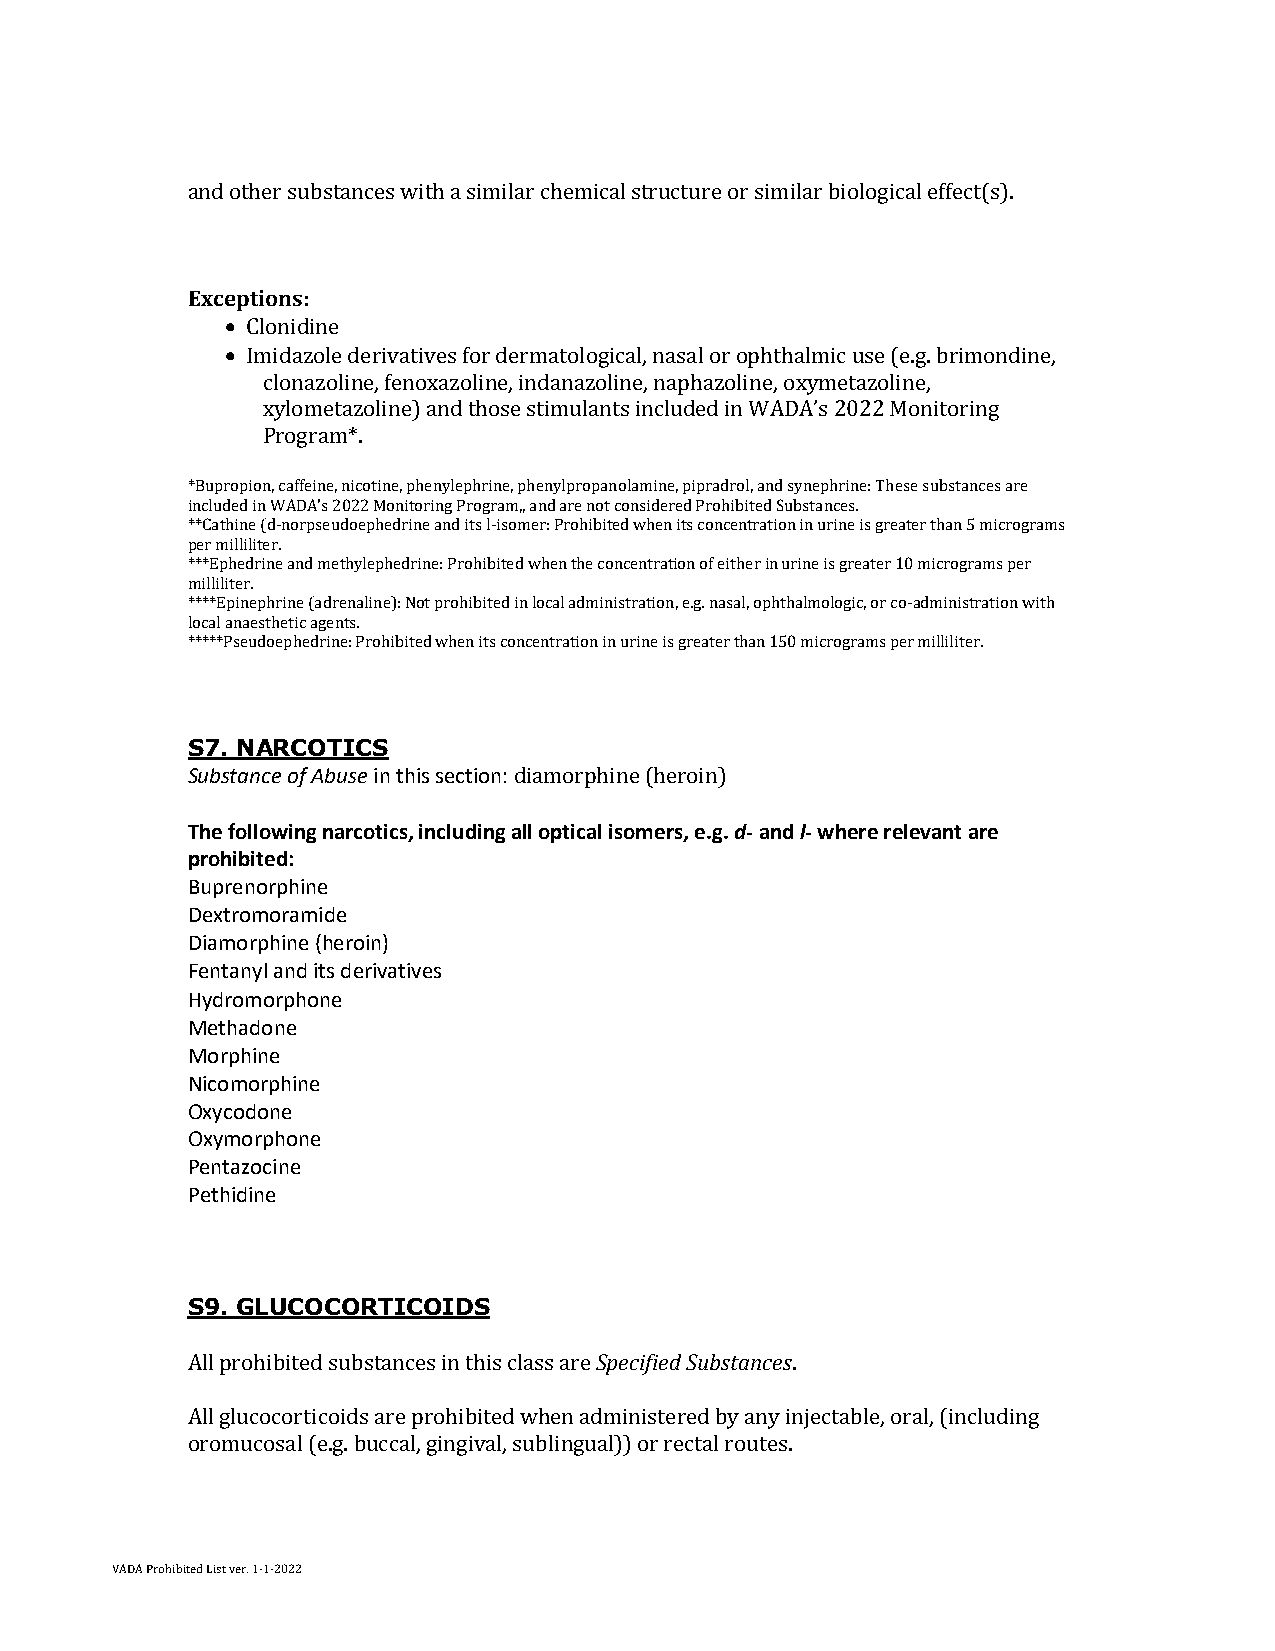
and other substances with a similar chemical structure or similar biological effect(s).
 Exceptions:
 • Clonidine
 • Imidazole derivatives for dermatological, nasal or ophthalmic use (e.g. brimondine,
 clonazoline, fenoxazoline, indanazoline, naphazoline, oxymetazoline,
 xylometazoline) and those stimulants included in WADA’s 2022 Monitoring
 Program*.
 *Bupropion, caffeine, nicotine, phenylephrine, phenylpropanolamine, pipradrol, and synephrine: These substances are
 included in WADA’s 2022 Monitoring Program,, and are not considered Prohibited Substances.
 **Cathine (d-norpseudoephedrine and its l-isomer: Prohibited when its concentration in urine is greater than 5 micrograms
 per milliliter.
 ***Ephedrine and methylephedrine: Prohibited when the concentration of either in urine is greater 10 micrograms per
 milliliter.
 ****Epinephrine (adrenaline): Not prohibited in local administration, e.g. nasal, ophthalmologic, or co-administration with
 local anaesthetic agents.
 *****Pseudoephedrine: Prohibited when its concentration in urine is greater than 150 micrograms per milliliter.
 S7. NARCOTICS
 Substance of Abuse in this section: diamorphine (heroin)
 The following narcotics, including all optical isomers, e.g. d- and l- where relevant are
 prohibited:
 Buprenorphine
 Dextromoramide
 Diamorphine (heroin)
 Fentanyl and its derivatives
 Hydromorphone
 Methadone
 Morphine
 Nicomorphine
 Oxycodone
 Oxymorphone
 Pentazocine
 Pethidine
 S9. GLUCOCORTICOIDS
 All prohibited substances in this class are Specified Substances.
 All glucocorticoids are prohibited when administered by any injectable, oral, (including
 oromucosal (e.g. buccal, gingival, sublingual)) or rectal routes.
 VADA Prohibited List ver. 1-1-2022